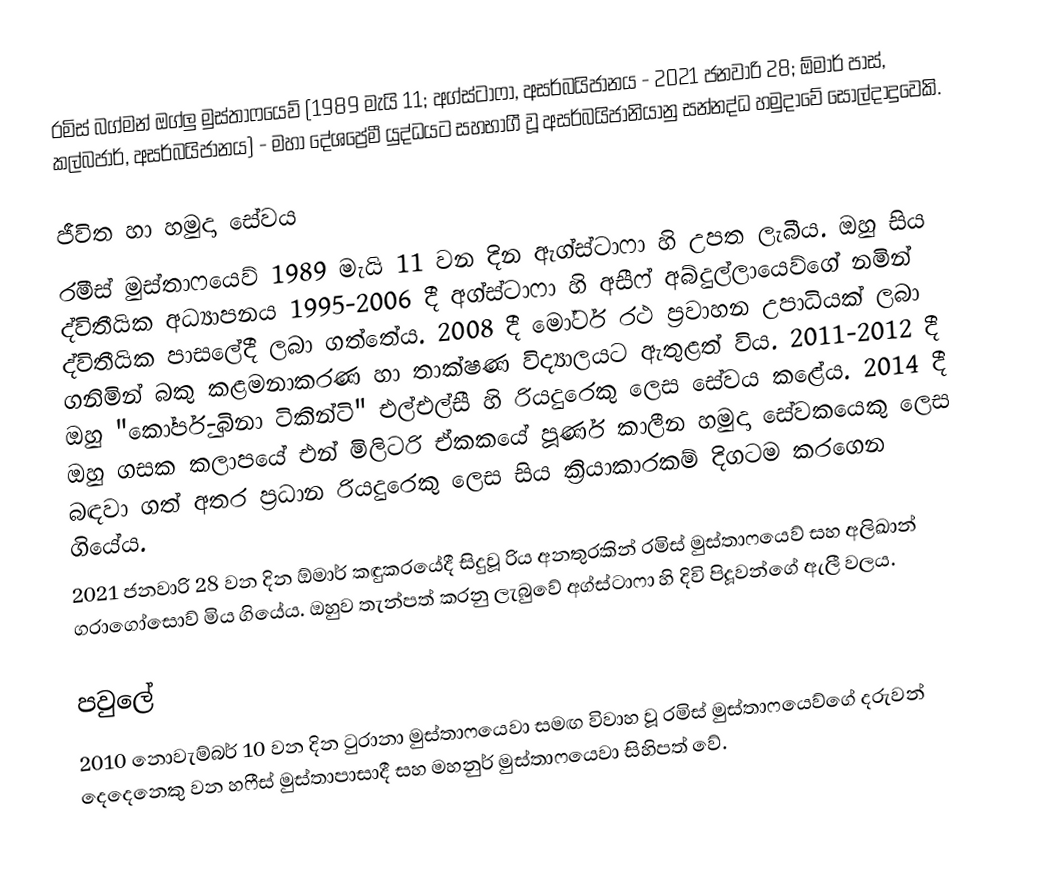
රමිස් බග්මන් ඔග්ලු මුස්තාෆයෙව් (1989 මැයි 11; අග්ස්ටාෆා, අසර්බයිජානය - 2021 ජනවාරි 28; ඕමාර් පාස්, කල්බජාර්, අසර්බයිජානය) - මහා දේශප්‍රේමී යුද්ධයට සහභාගී වූ අසර්බයිජානියානු සන්නද්ධ හමුදාවේ සොල්දාදුවෙකි.

ජීවිත හා හමුදා සේවය
රමීස් මුස්තාෆයෙව් 1989 මැයි 11 වන දින ඇග්ස්ටාෆා හි උපත ලැබීය. ඔහු සිය ද්විතීයික අධ්‍යාපනය 1995-2006 දී අග්ස්ටාෆා හි අසීෆ් අබ්දුල්ලායෙව්ගේ නමින් ද්විතීයික පාසලේදී ලබා ගත්තේය. 2008 දී මෝටර් රථ ප්‍රවාහන උපාධියක් ලබා ගනිමින් බකු කළමනාකරණ හා තාක්ෂණ විද්‍යාලයට ඇතුළත් විය. 2011-2012 දී ඔහු "කෝර්පු-බිනා ටිකින්ටි" එල්එල්සී හි රියදුරෙකු ලෙස සේවය කළේය. 2014 දී ඔහු ගසක කලාපයේ එන් මිලිටරි ඒකකයේ පූර්ණ කාලීන හමුදා සේවකයෙකු ලෙස බඳවා ගත් අතර ප්‍රධාන රියදුරෙකු ලෙස සිය ක්‍රියාකාරකම් දිගටම කරගෙන ගියේය.
2021 ජනවාරි 28 වන දින ඕමාර් කඳුකරයේදී සිදුවූ රිය අනතුරකින් රමිස් මුස්තාෆයෙව් සහ අලිඛාන් ගරාගෝසොව් මිය ගියේය. ඔහුව තැන්පත් කරනු ලැබුවේ අග්ස්ටාෆා හි දිවි පිදූවන්ගේ ඇලී වලය.

පවුලේ
2010 නොවැම්බර් 10 වන දින ටුරානා මුස්තාෆයෙවා සමඟ විවාහ වූ රමිස් මුස්තාෆයෙව්ගේ දරුවන් දෙදෙනෙකු වන හෆීස් මුස්තාපාසාදී සහ මහනුර් මුස්තාෆයෙවා සිහිපත් වේ.